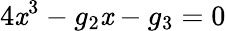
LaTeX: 4\mathit{x}^{3}-g_{2}\mathit{x}-g_{3}=0